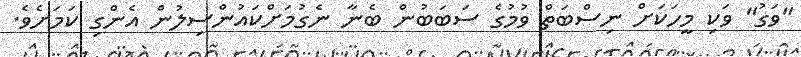
"ވަގު" ވަކި މީހަކަށް ނިސްބަތް ވުމުގެ ސަބަބުން ބެނާ ނެގުމަށްކައުންސިލުން އެންގި ކަމަށެވެ.